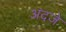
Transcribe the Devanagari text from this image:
अंदजे